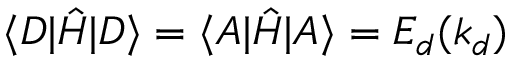
\langle D | \hat { H } | D \rangle = \langle A | \hat { H } | A \rangle = E _ { d } ( k _ { d } )